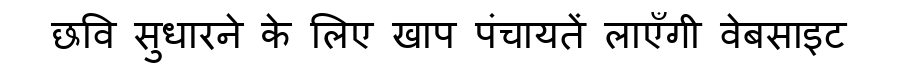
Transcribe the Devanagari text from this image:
छवि सुधारने के लिए खाप पंचायतें लाएँगी वेबसाइट